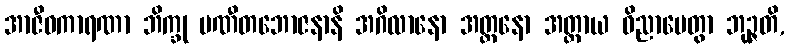
အာဇီဝကာရဏာ ဘိက္ခု ပဏီတဘောဇနာနိ အဂိလာနော အတ္တနော အတ္ထာယ ဝိညာပေတွာ ဘုဉ္ဇတိ,